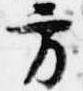
方